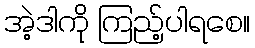
အဲ့ဒါကို ကြည့်ပါရစေ။